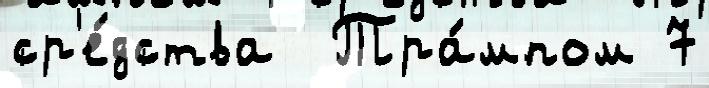
ср'е́дства  Тра́мпом 7